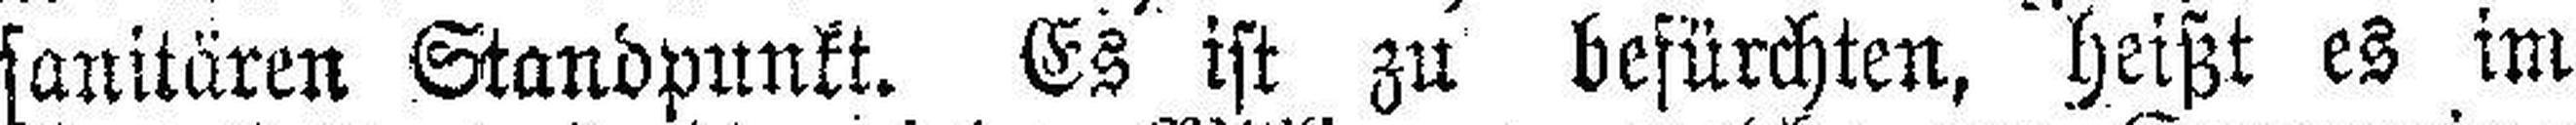
sanitären Standpunkt. Es ist zu befürchten, heißt es im